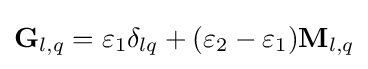
\mathbf {G} _{l,q}=\varepsilon _{1}\delta _{lq}+(\varepsilon _{2}-\varepsilon _{1})\mathbf {M} _{l,q}